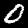
Label: 0